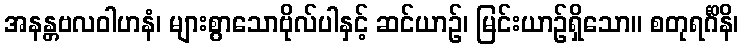
အနန္တဗလဝါဟနံ၊ များစွာသောဗိုလ်ပါနှင့် ဆင်ယာဉ်၊ မြင်းယာဉ်ရှိသော။ စတုရင်္ဂိနိ၊